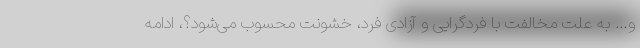
و… به علت مخالفت با فردگرایی و آزادی فرد، خشونت محسوب می‌شود؟، ادامه